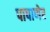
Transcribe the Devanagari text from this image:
पाषाणेर